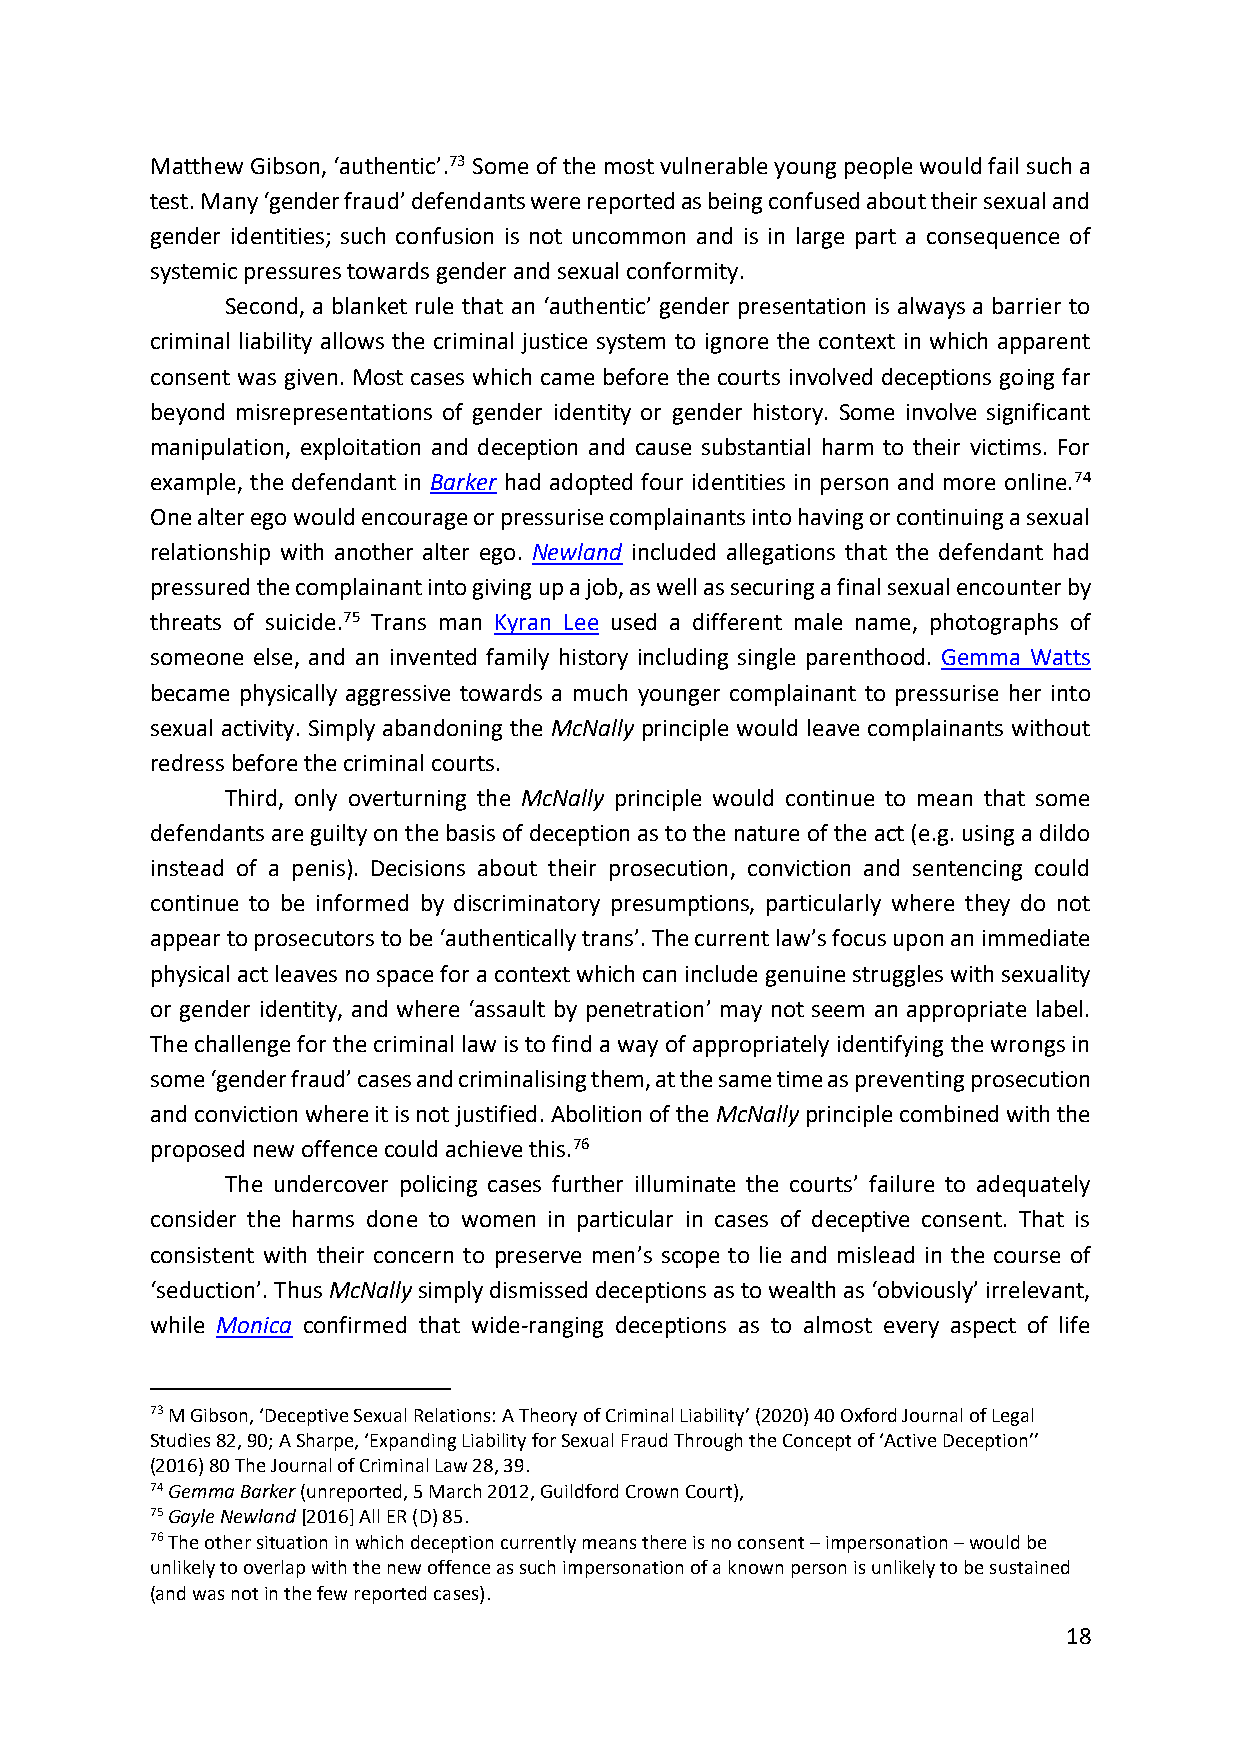
Matthew Gibson, ‘authentic’.73 Some of the most vulnerable young people would fail such a
 test. Many ‘gender fraud’ defendants were reported as being confused about their sexual and
 gender identities; such confusion is not uncommon and is in large part a consequence of
 systemic pressures towards gender and sexual conformity.
 Second, a blanket rule that an ‘authentic’ gender presentation is always a barrier to
 criminal liability allows the criminal justice system to ignore the context in which apparent
 consent was given. Most cases which came before the courts involved deceptions going far
 beyond misrepresentations of gender identity or gender history. Some involve significant
 manipulation, exploitation and deception and cause substantial harm to their victims. For
 example, the defendant in Barker had adopted four identities in person and more online.74
 One alter ego would encourage or pressurise complainants into having or continuing a sexual
 relationship with another alter ego. Newland included allegations that the defendant had
 pressured the complainant into giving up a job, as well as securing a final sexual encounter by
 threats of suicide.75 Trans man Kyran Lee used a different male name, photographs of
 someone else, and an invented family history including single parenthood. Gemma Watts
 became physically aggressive towards a much younger complainant to pressurise her into
 sexual activity. Simply abandoning the McNally principle would leave complainants without
 redress before the criminal courts.
 Third, only overturning the McNally principle would continue to mean that some
 defendants are guilty on the basis of deception as to the nature of the act (e.g. using a dildo
 instead of a penis). Decisions about their prosecution, conviction and sentencing could
 continue to be informed by discriminatory presumptions, particularly where they do not
 appear to prosecutors to be ‘authentically trans’. The current law’s focus upon an immediate
 physical act leaves no space for a context which can include genuine struggles with sexuality
 or gender identity, and where ‘assault by penetration’ may not seem an appropriate label.
 The challenge for the criminal law is to find a way of appropriately identifying the wrongs in
 some ‘gender fraud’ cases and criminalising them, at the same time as preventing prosecution
 and conviction where it is not justified. Abolition of the McNally principle combined with the
 proposed new offence could achieve this.76
 The undercover policing cases further illuminate the courts’ failure to adequately
 consider the harms done to women in particular in cases of deceptive consent. That is
 consistent with their concern to preserve men’s scope to lie and mislead in the course of
 ‘seduction’. Thus McNally simply dismissed deceptions as to wealth as ‘obviously’ irrelevant,
 while Monica confirmed that wide-ranging deceptions as to almost every aspect of life
 73 M Gibson, ‘Deceptive Sexual Relations: A Theory of Criminal Liability’ (2020) 40 Oxford Journal of Legal
 Studies 82, 90; A Sharpe, ‘Expanding Liability for Sexual Fraud Through the Concept of ‘Active Deception’’
 (2016) 80 The Journal of Criminal Law 28, 39.
 74 Gemma Barker (unreported, 5 March 2012, Guildford Crown Court),
 75 Gayle Newland [2016] All ER (D) 85.
 76 The other situation in which deception currently means there is no consent – impersonation – would be
 unlikely to overlap with the new offence as such impersonation of a known person is unlikely to be sustained
 (and was not in the few reported cases).
 18